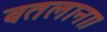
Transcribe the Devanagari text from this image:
बतलाना।